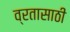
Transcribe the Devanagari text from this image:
व्रतासाठी